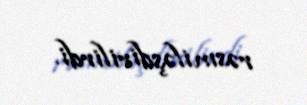
rəsmiləşdirilirdi.